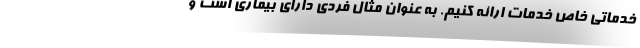
خدماتی خاص خدمات ارائه کنیم. به عنوان مثال فردی دارای بیماری است و